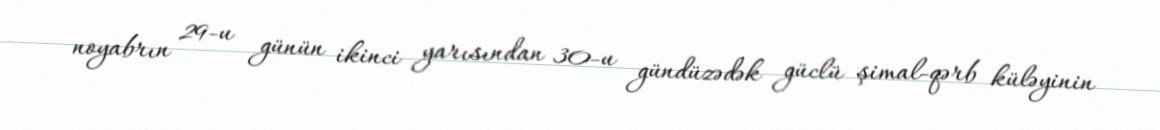
noyabrın 29-u günün ikinci yarısından 30-u gündüzədək güclü şimal-qərb küləyinin